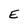
Character: E